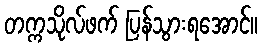
တက္ကသိုလ်ဖက် ပြန်သွားရအောင်။